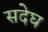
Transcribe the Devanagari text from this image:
सदेघ